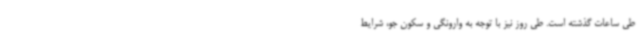
طی ساعات گذشته است. طی روز نیز با توجه به وارونگی و سکون جو، شرایط